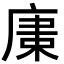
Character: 𢉫